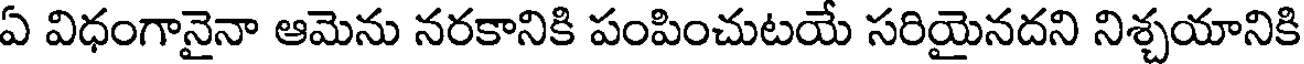
ఏ విధంగానైనా ఆమెను నరకానికి పంపించుటయే సరియైనదని నిశ్చయానికి